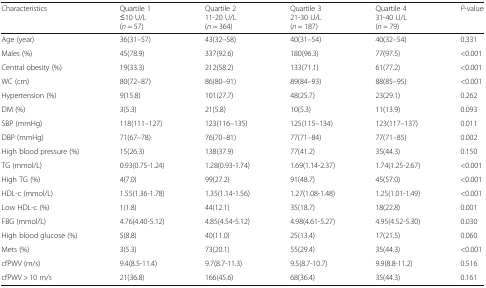
<table><thead><tr><td><b>Characteristics</b></td><td><b>Quartile 1≤10 U/L(<i>n</i> = 57)</b></td><td><b>Quartile 211-20 U/L(<i>n</i> = 364)</b></td><td><b>Quartile 321-30 U/L(<i>n</i> = 187)</b></td><td><b>Quartile 431-40 U/L(<i>n</i> = 79)</b></td><td><b><i>P</i>-value</b></td></tr></thead><tbody><tr><td>Age (year)</td><td>36(31–57)</td><td>43(32–58)</td><td>40(31–54)</td><td>40(32–54)</td><td>0.331</td></tr><tr><td>Males (%)</td><td>45(78.9)</td><td>337(92.6)</td><td>180(96.3)</td><td>77(97.5)</td><td>&lt;0.001</td></tr><tr><td>Central obesity (%)</td><td>19(33.3)</td><td>212(58.2)</td><td>133(71.1)</td><td>61(77.2)</td><td>&lt;0.001</td></tr><tr><td>WC (cm)</td><td>80(72–87)</td><td>86(80–91)</td><td>89(84–93)</td><td>88(85–95)</td><td>&lt;0.001</td></tr><tr><td>Hypertension (%)</td><td>9(15.8)</td><td>101(27.7)</td><td>48(25.7)</td><td>23(29.1)</td><td>0.262</td></tr><tr><td>DM (%)</td><td>3(5.3)</td><td>21(5.8)</td><td>10(5.3)</td><td>11(13.9)</td><td>0.093</td></tr><tr><td>SBP (mmHg)</td><td>118(111–127)</td><td>123(116–135)</td><td>125(115–134)</td><td>123(117–137)</td><td>0.011</td></tr><tr><td>DBP (mmHg)</td><td>71(67–78)</td><td>76(70–81)</td><td>77(71–84)</td><td>77(71–85)</td><td>0.002</td></tr><tr><td>High blood pressure (%)</td><td>15(26.3)</td><td>138(37.9)</td><td>77(41.2)</td><td>35(44.3)</td><td>0.150</td></tr><tr><td>TG (mmol/L)</td><td>0.93(0.75-1.24)</td><td>1.28(0.93-1.74)</td><td>1.69(1.14-2.37)</td><td>1.74(1.25-2.67)</td><td>&lt;0.001</td></tr><tr><td>High TG (%)</td><td>4(7.0)</td><td>99(27.2)</td><td>91(48.7)</td><td>45(57.0)</td><td>&lt;0.001</td></tr><tr><td>HDL-c (mmol/L)</td><td>1.55(1.36-1.78)</td><td>1.35(1.14-1.56)</td><td>1.27(1.08-1.48)</td><td>1.25(1.01-1.49)</td><td>&lt;0.001</td></tr><tr><td>Low HDL-c (%)</td><td>1(1.8)</td><td>44(12.1)</td><td>35(18.7)</td><td>18(22.8)</td><td>0.001</td></tr><tr><td>FBG (mmol/L)</td><td>4.76(4.40-5.12)</td><td>4.85(4.54-5.12)</td><td>4.98(4.61-5.27)</td><td>4.95(4.52-5.30)</td><td>0.030</td></tr><tr><td>High blood glucose (%)</td><td>5(8.8)</td><td>40(11.0)</td><td>25(13.4)</td><td>17(21.5)</td><td>0.060</td></tr><tr><td>Mets (%)</td><td>3(5.3)</td><td>73(20.1)</td><td>55(29.4)</td><td>35(44.3)</td><td>&lt;0.001</td></tr><tr><td>cfPWV (m/s)</td><td>9.4(8.5-11.4)</td><td>9.7(8.7-11.3)</td><td>9.5(8.7-10.7)</td><td>9.9(8.8-11.2)</td><td>0.516</td></tr><tr><td>cfPWV &gt; 10 m/s</td><td>21(36.8)</td><td>166(45.6)</td><td>68(36.4)</td><td>35(44.3)</td><td>0.161</td></tr></tbody></table>